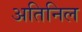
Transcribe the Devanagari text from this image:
अतिनिल